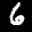
Label: 6